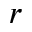
r